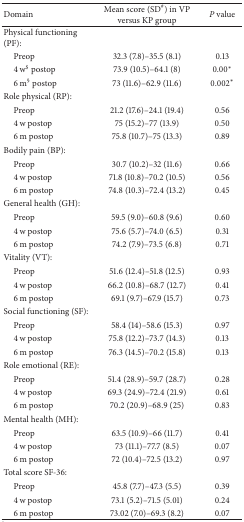
<table><thead><tr><td><b>Domain</b></td><td><b>Mean score (SD<sup>#</sup>) in VP versus KP group</b></td><td><b><i>P</i> value</b></td></tr></thead><tbody><tr><td>Physical functioning (PF):</td><td> </td><td> </td></tr><tr><td> Preop</td><td>32.3 (7.8)–35.5 (8.1)</td><td>0.13</td></tr><tr><td> 4 w<sup>$</sup> postop</td><td>73.9 (10.5)–64.1 (8)</td><td>0.00*</td></tr><tr><td> 6 m<sup>§</sup> postop</td><td>73 (11.6)–62.9 (11.6)</td><td>0.002*</td></tr><tr><td>Role physical (RP):</td><td> </td><td> </td></tr><tr><td> Preop</td><td>21.2 (17.6)–24.1 (19.4)</td><td>0.56</td></tr><tr><td> 4 w postop</td><td>75 (15.2)–77 (13.9)</td><td>0.50</td></tr><tr><td> 6 m postop</td><td>75.8 (10.7)–75 (13.3)</td><td>0.89</td></tr><tr><td>Bodily pain (BP):</td><td> </td><td> </td></tr><tr><td> Preop</td><td>30.7 (10.2)–32 (11.6)</td><td>0.66</td></tr><tr><td> 4 w postop</td><td>71.8 (10.8)–70.2 (10.5)</td><td>0.56</td></tr><tr><td> 6 m postop</td><td>74.8 (10.3)–72.4 (13.2)</td><td>0.45</td></tr><tr><td>General health (GH):</td><td> </td><td> </td></tr><tr><td> Preop</td><td>59.5 (9.0)–60.8 (9.6)</td><td>0.60</td></tr><tr><td> 4 w postop</td><td>75.6 (5.7)–74.0 (6.5)</td><td>0.31</td></tr><tr><td> 6 m postop</td><td>74.2 (7.9)–73.5 (6.8)</td><td>0.71</td></tr><tr><td>Vitality (VT):</td><td> </td><td> </td></tr><tr><td> Preop</td><td>51.6 (12.4)–51.8 (12.5)</td><td>0.93</td></tr><tr><td> 4 w postop</td><td>66.2 (10.8)–68.7 (12.7)</td><td>0.41</td></tr><tr><td> 6 m postop</td><td>69.1 (9.7)–67.9 (15.7)</td><td>0.73</td></tr><tr><td>Social functioning (SF):</td><td> </td><td> </td></tr><tr><td> Preop</td><td>58.4 (14)–58.6 (15.3)</td><td>0.97</td></tr><tr><td> 4 w postop</td><td>75.8 (12.2)–73.7 (14.3)</td><td>0.13</td></tr><tr><td> 6 m postop</td><td>76.3 (14.5)–70.2 (15.8)</td><td>0.13</td></tr><tr><td>Role emotional (RE):</td><td> </td><td> </td></tr><tr><td> Preop</td><td>51.4 (28.9)–59.7 (28.7)</td><td>0.28</td></tr><tr><td> 4 w postop</td><td>69.3 (24.9)–72.4 (21.9)</td><td>0.61</td></tr><tr><td> 6 m postop</td><td>70.2 (20.9)–68.9 (25)</td><td>0.83</td></tr><tr><td>Mental health (MH):</td><td> </td><td> </td></tr><tr><td> Preop</td><td>63.5 (10.9)–66 (11.7)</td><td>0.41</td></tr><tr><td> 4 w postop</td><td>73 (11.1)–77.7 (8.5)</td><td>0.07</td></tr><tr><td> 6 m postop</td><td>72 (10.4)–72.5 (13.2)</td><td>0.97</td></tr><tr><td>Total score SF-36:</td><td> </td><td> </td></tr><tr><td> Preop</td><td>45.8 (7.7)–47.3 (5.5)</td><td>0.39</td></tr><tr><td> 4 w postop</td><td>73.1 (5.2)–71.5 (5.01)</td><td>0.24</td></tr><tr><td> 6 m postop</td><td>73.02 (7.0)–69.3 (8.2)</td><td>0.07</td></tr></tbody></table>